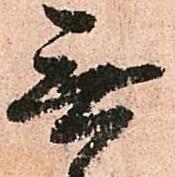
無